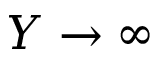
Y \rightarrow \infty